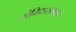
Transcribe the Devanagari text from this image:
संविदासम्मत